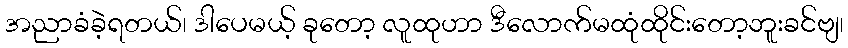
အညာခံခဲ့ရတယ်၊ ဒါပေမယ့် ခုတော့ လူထုဟာ ဒီလောက်မထုံထိုင်းတော့ဘူးခင်ဗျ၊